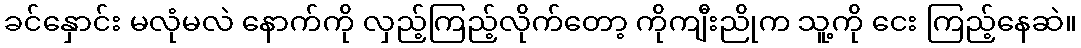
ခင်နှောင်း မလုံမလဲ နောက်ကို လှည့်ကြည့်လိုက်တော့ ကိုကျီးညိုက သူ့ကို ငေး ကြည့်နေဆဲ။